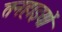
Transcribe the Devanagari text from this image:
तनहाइयों